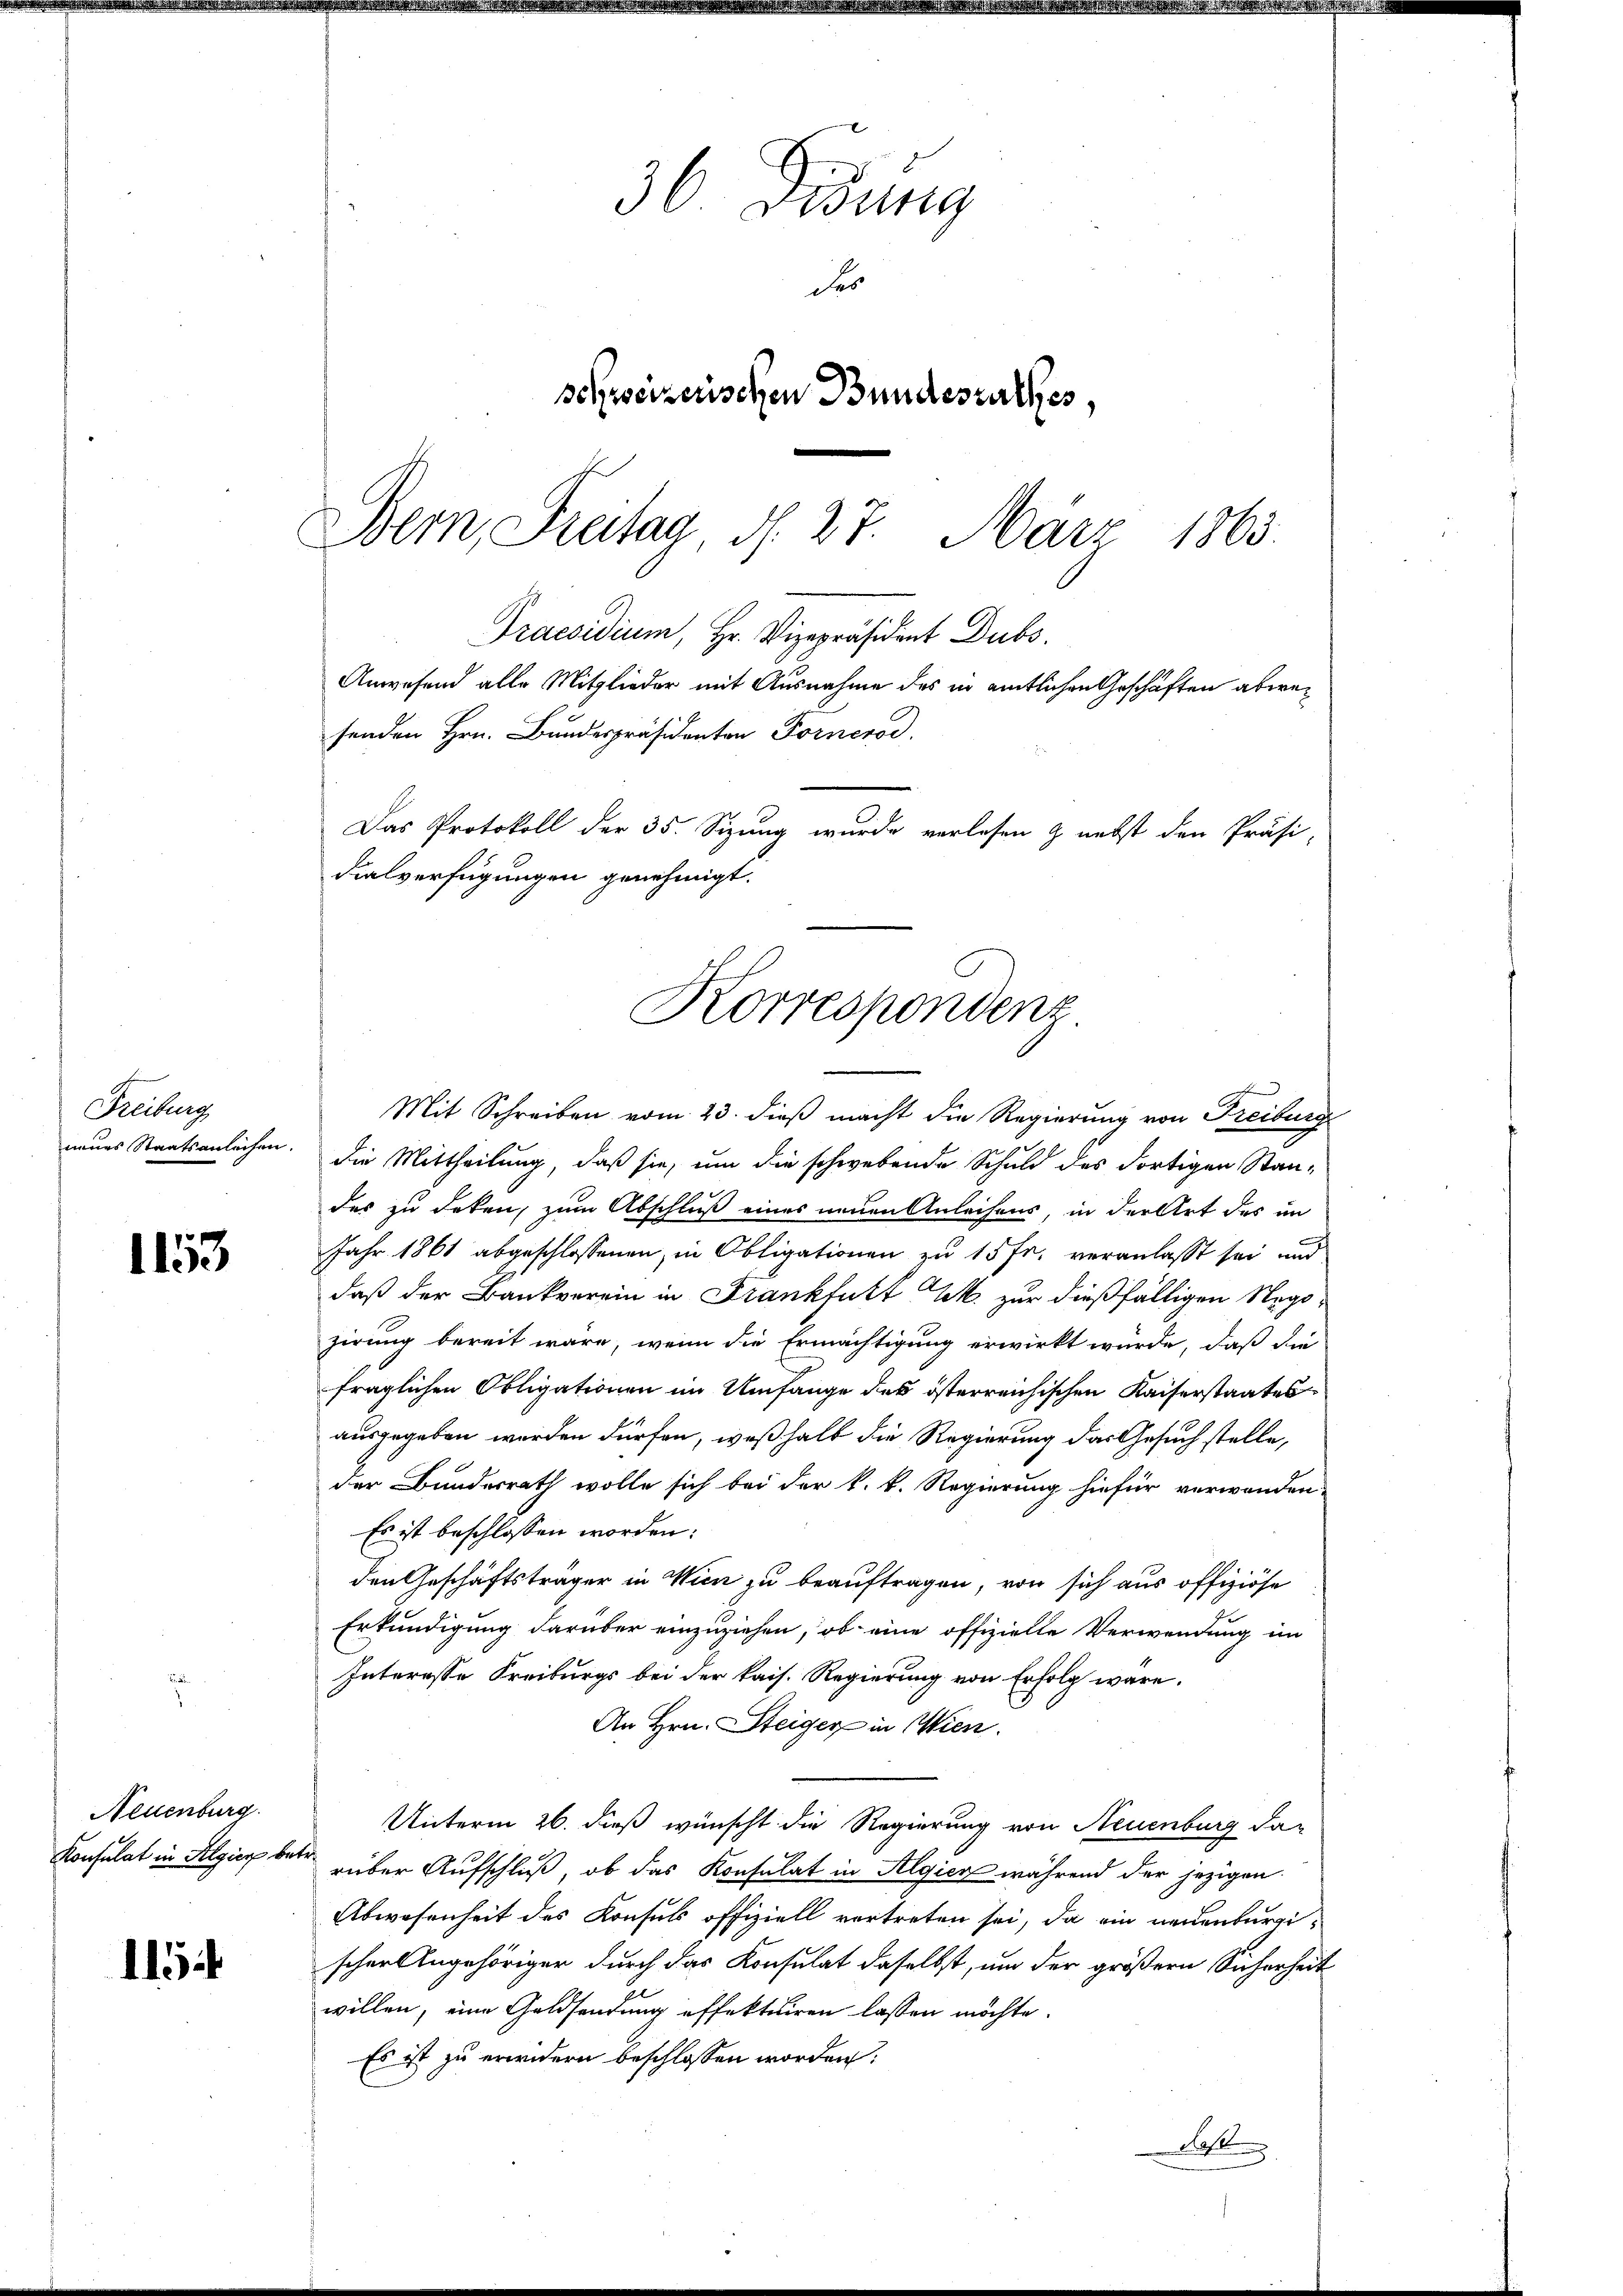
Freiburg
neues Staatsanleihen.

1153

1154

Neuenburg
Konsulat in Algien bei

36. Debung
des
schweizerischen Bundesrathes,
Bern, Freitag d. 27. März 1863.

Praesidium, Hr. Vizepräsident Dubs
Anwesend alle Mitglieder mit Ausnahme des in amtlichen Geschäften abwesenden Hrn. Bundespräsidenten Fornerod.
Das Protokoll der 35. Sizung wurde verlesen & nebst den Präsi-
dialverfügungen genehmigt.
Korrespondenz

Mit Schreiben vom 23. dieß macht die Regierung von Freiburg
die Mittheilung, daß sie, um die schwebende Schuld des dortigen Standes zu deken, zum Abschluß eines neuen Anleihens, in der Art des im
Jahr 1861 abgeschlossenen, in Obligationen zu 15 Fr. veranlasst sei und
daß der Bankverein in Frankfurt Mk. zur dießfälligen Negozirung bereit wäre, wenn die Ermächtigung erwirkt würde, daß die
fraglichen Obligationen im Umfange des österreichischen Kaiserstaates
ausgegeben werden dürfen, weßhalb die Regierung das Gesuch stelle,
der Bundesrath wolle sich bei der k. k. Regierung hiefür verwenden.
Es ist beschlossen worden:
den Geschäftsträger in Wien zu beauftragen, von sich aus offiziöse
Erkundigung darüber einzuziehen, ob eine offizielle Verwendung im
Interesse Freiburgs bei der kais. Regierung von Erfolg wäre.
An Hrn. Steiger in Wien.
Unterm 26. dieß wünscht die Regierung von Neuenburg darüber Aufschluß, ob das Konsulat in Algien während der jezigen
Abwesenheit des Konsuls offiziell vortreten sei, da ein neuenburgischer Angehöriger durch das Konsulat daselbst, um der größern Sicherheit
willen, eine Geldsendung effektuiren lassen möchte.
Es ist zu erwidern beschlossen worden:
a